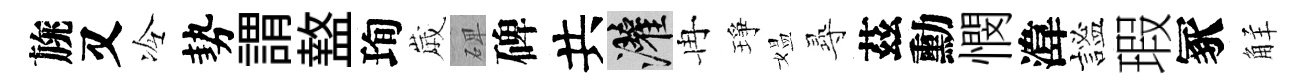
旐又冷勢謂盩珣𡻕𥓓碑共灌冉琤媪𡬶茲勳憫湋謐瑕冢觧